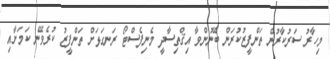
މިހާރު ސަރުކާރުން ތަންފީޒުކުރަން ބޭނުންވާ އިޤްތިސާދީ މެނިފެސްޓޯ ރަނގަޅަށް ތަންފީޒު ކުރެވޭނެ ކަމަށާއި